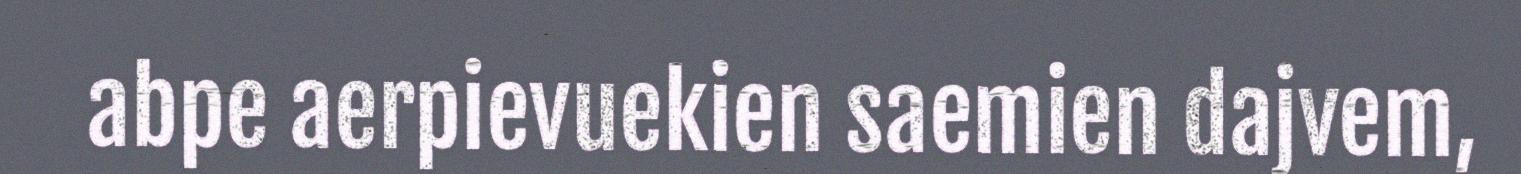
abpe aerpievuekien saemien dajvem,